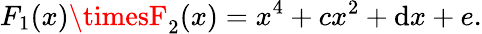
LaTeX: F_{1}(x)\timesF_{2}(x)=x^{4}+cx^{2}+\mathrm{d}x+e.